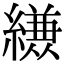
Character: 𮉈